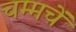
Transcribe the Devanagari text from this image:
चम्मचें